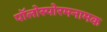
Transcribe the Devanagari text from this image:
पॉलोस्पोरमनामक